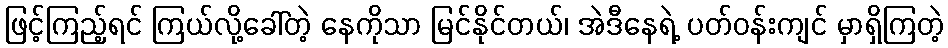
ဖြင့်ကြည့်ရင် ကြယ်လို့ခေါ်တဲ့ နေကိုသာ မြင်နိုင်တယ်၊ အဲဒီနေရဲ့ ပတ်ဝန်းကျင် မှာရှိကြတဲ့